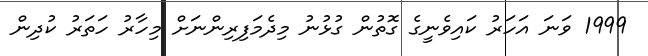
1999 ވަނަ އަހަރު ކައިވެނީގެ ގޮތުން ގުޅުނު މިދެމަފިރިންނަށް މިހާރު ހަތަރު ކުދިން